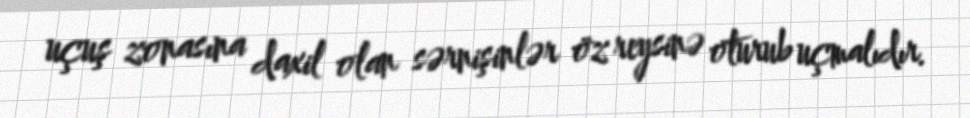
uçuş zonasına daxil olan sərnişinlər öz reysinə oturub uçmalıdır.